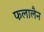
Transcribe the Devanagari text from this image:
फलालैन